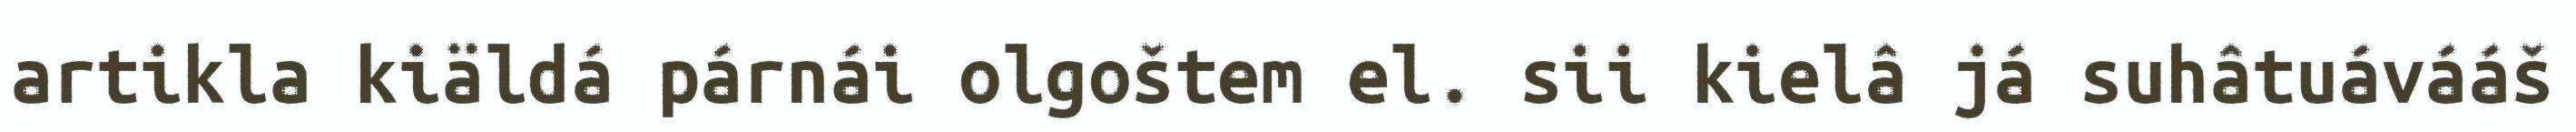
artikla kiäldá párnái olgoštem el. sii kielâ já suhâtuávááš